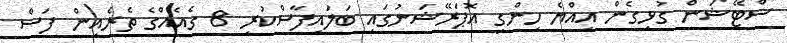
ސްޓޭޝަން ގުޅިގެން އިއްޔެ ހިންގި އޮޕަރޭޝަނުގައި ބަލައިފާސްކުރި 8 ގެއެއްގެ ތެރެއިން ފަސް